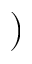
)